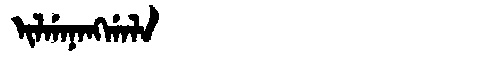
Manchu: ᡳᠯᡤᠠᠨᠠᠩᡤᠠᠯᠠ
Romanization: ILGANANGGALA